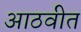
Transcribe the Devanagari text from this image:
आठवीत